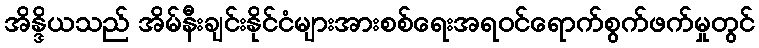
အိန္ဒိယသည် အိမ်နီးချင်းနိုင်ငံများအားစစ်ရေးအရဝင်ရောက်စွက်ဖက်မှုတွင်